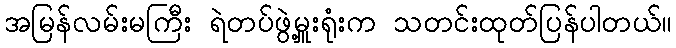
အမြန်လမ်းမကြီး ရဲတပ်ဖွဲ့မှူးရုံးက သတင်းထုတ်ပြန်ပါတယ်။